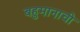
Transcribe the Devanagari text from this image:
बहुमानाची